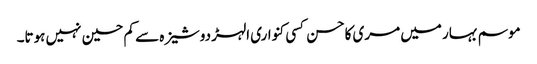
موسم بہار میں مری کاحسن کسی کنواری الہڑ دوشیزہ سے کم حسین نہیں ہوتا۔